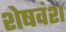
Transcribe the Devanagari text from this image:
शेषवंश